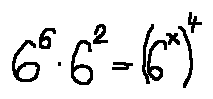
6 ^ { 6 } \cdot 6 ^ { 2 } = ( 6 ^ { x } ) ^ { 4 }